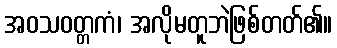
အဝသဝတ္တကံ၊ အလိုမတူဘဲဖြစ်တတ်၏။